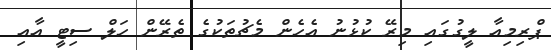
ޕްރިމިއާ ލީގުގައި މިރޭ ކުޅުނު އެހެން މެޗުތަކުގެ ތެރޭން ހަލް ސިޓީ އާއި